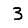
Digit: 3